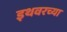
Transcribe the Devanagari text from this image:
इथवरच्या